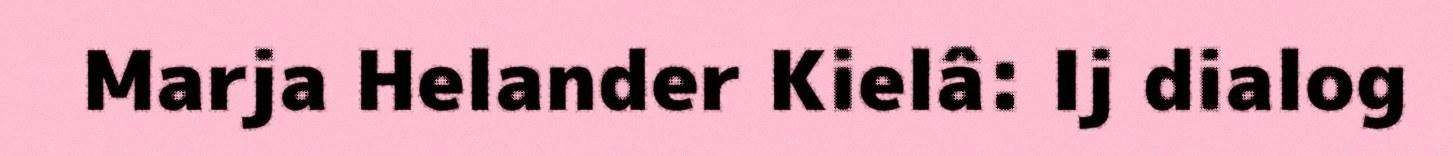
Marja Helander Kielâ: Ij dialog